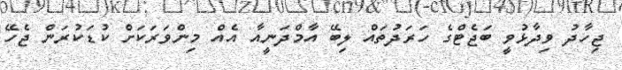
ޖިހާދު ވިދާޅުވީ ބަޖެޓްގެ ހަރަދުތައް ލިބޭ އާމްދަނީއާ އެއް މިންވަރަކަށް ކުޑަކުރަން ޖެހޭ